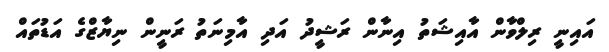
އައިނީ ރިލްވާން އާއިޝަތު އިނާން ރަޝީދު އަދި އާމިނަތު ރަނީން ނިޔާޒްގެ އަޑުތައް